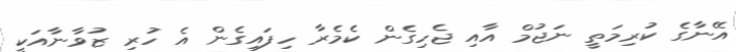
އޭނާގެ ކުރިމަތީ ނަޖުމް އާއި ޖެހިގެން ކެމެރާ ހިފައިގެން އެ ހުރި ޒުވާނާއަކީ